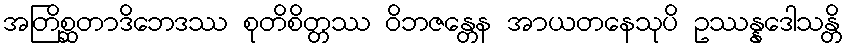
အတြိစ္ဆတာဒိဘေဒဿ စုတိစိတ္တဿ ဝိဘဇန္တေန အာယတနေသုပိ ဥဿန္နဒေါသန္တိ